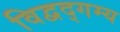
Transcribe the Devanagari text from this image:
विद्वद्गम्य